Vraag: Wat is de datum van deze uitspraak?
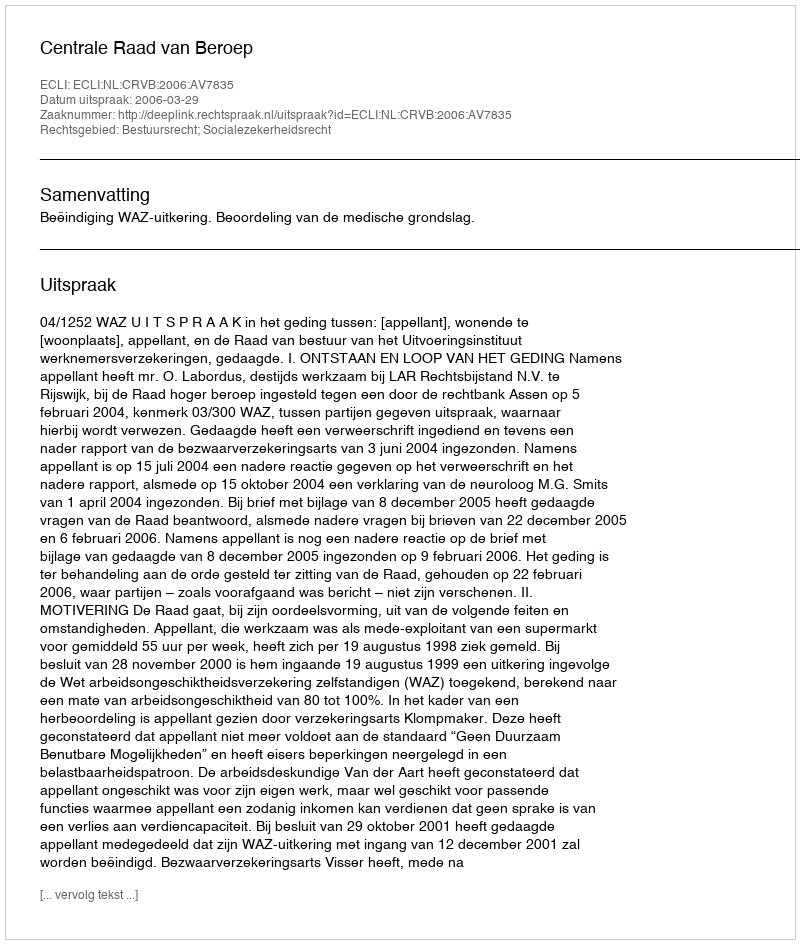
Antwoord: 2006-03-29